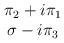
LaTeX: \begin{align*}\begin{array}{c}\pi_2 + i\pi_1\\\sigma - i\pi_3\\\end{array}\end{align*}